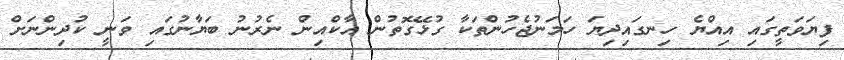
ފިޔަވަތީގައި އިއްޔެ ހިނގައިދިޔަ ހަމަނުޖެހުންތަކާ ގުޅޭގޮތުން އާކްއިން ނެރުނު ބަޔާނުގައި ވަނީ ކުދިންނަށް